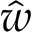
\hat { w }